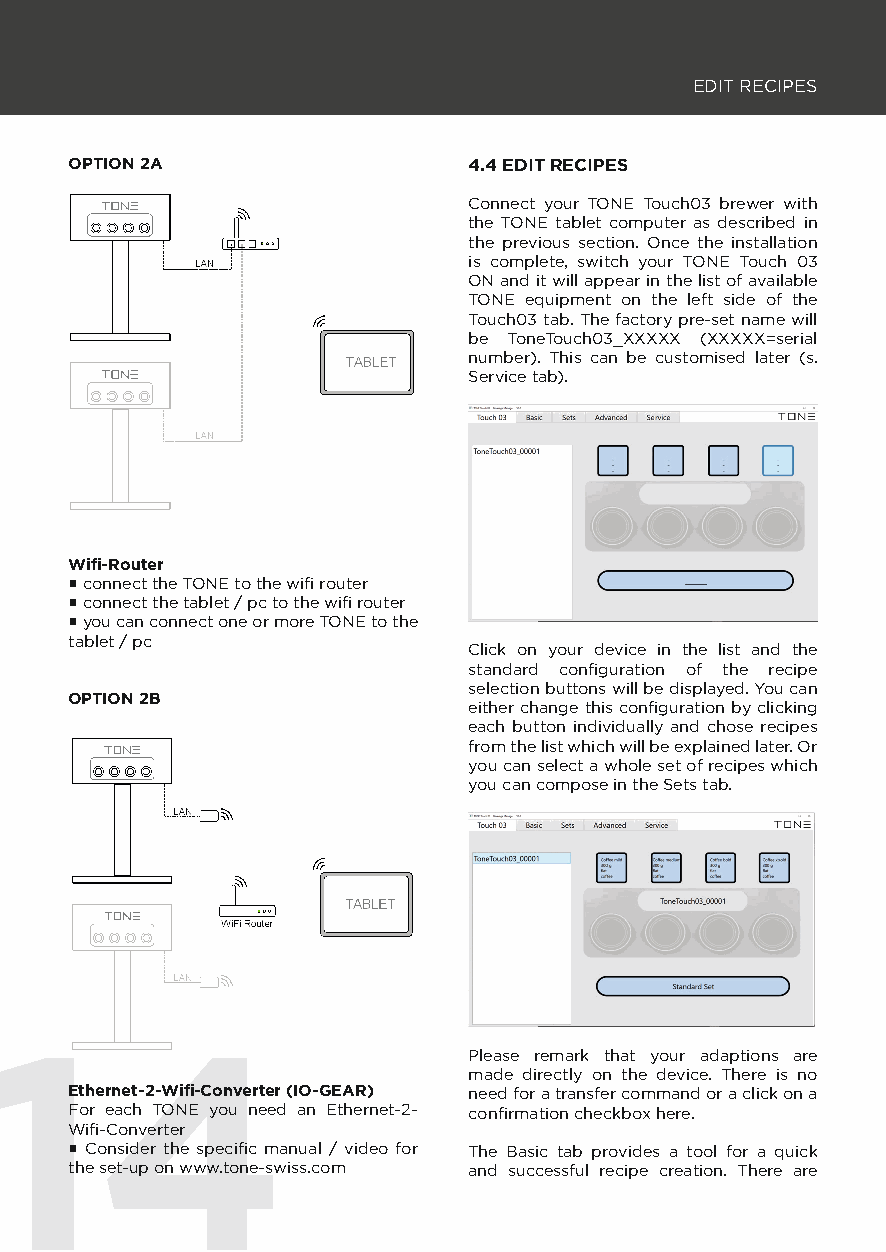
EDIT RECIPES
 OPTION 2A                 4.4 EDIT RECIPES
 Connect your TONE Touch03 brewer with
 the TONE tablet computer as described in
 the previous section. Once the installation
 is complete, switch your TONE Touch 03
 ON and it will appear in the list of available
 TONE equipment on the left side of the
 Touch03 tab. The factory pre-set name will
 be ToneTouch03_XXXXX (XXXXX=serial
 number). This can be customised later (s.
 Service tab).
 Wifi -Router
 ▪ connect the TONE to the wifi router
 ▪ connect the tablet / pc to the wifi router
 ▪ you can connect one or more TONE to the
 tablet / pc
 Click on your device in the list and the
 standard confi guration of the recipe
 selection buttons will be displayed. You can
 OPTION 2B
 either change this confi guration by clicking
 each button individually and chose recipes
 from the list which will be explained later. Or
 you can select a whole set of recipes which
 you can compose in the Sets tab.
 14
 Please remark that your adaptions are
 made directly on the device. There is no
 Ethernet-2-Wifi -Converter (IO-GEAR) need for a transfer command or a click on a
 For each TONE you need an Ethernet-2- confi rmation checkbox here.
 Wifi -Converter
 ▪ Consider the specifi c manual / video for The Basic tab provides a tool for a quick
 the set-up on www.tone-swiss.com and successful recipe creation. There are